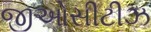
જીઓસીટીઝ